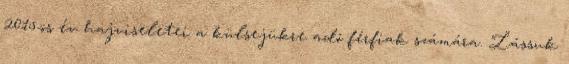
2015-ös év hajviseletei a külsejükre adó férfiak számára. Lássuk